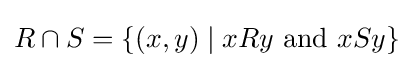
R\cap S=\{(x,y)\mid xRy{\text{ and }}xSy\}